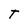
Character: t